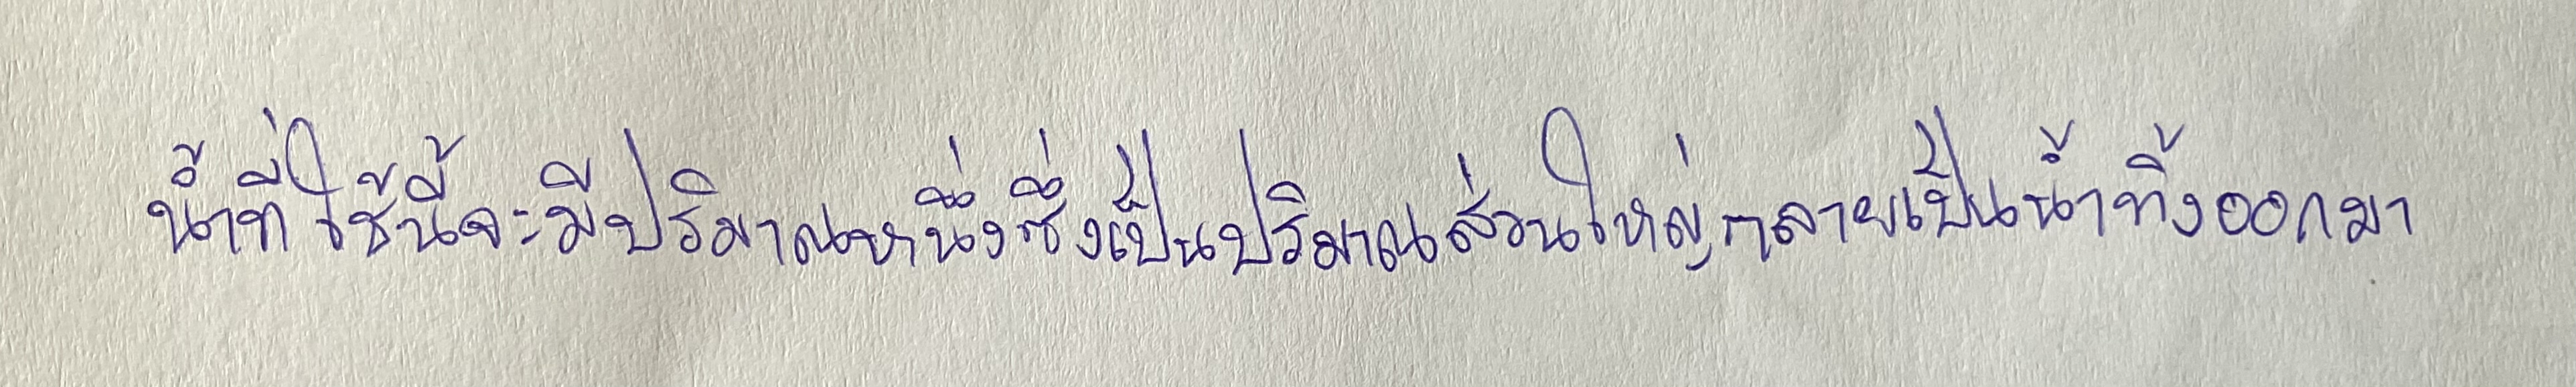
น้ำที่ใช้นี้จะมีปริมาณหนึ่งซึ่งเป็นปริมาณส่วนใหญ่กลายเป็นน้ำทิ้งออกมา